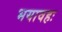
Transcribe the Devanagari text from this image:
भयावहः